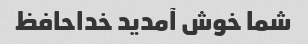
شما خوش آمدید خداحافظ